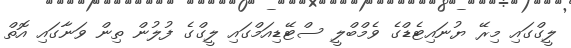
ލީގްގައި މިރޭ ޔުނައިޓެޑްގެ ވެމްބްލީ ސްޓޭޑިއަމްގައި ލީގްގެ ފުލުން ތިން ވަނާގައި އޮތް